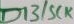
Text: D13/SCK